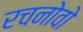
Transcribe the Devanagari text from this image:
रचनोवो